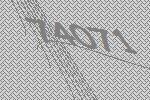
74071